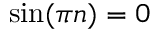
\sin ( { \pi n } ) = 0